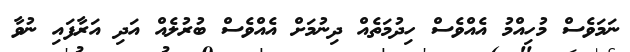
ނަމަވެސް މުހިއްމު އެއްވެސް ހިދުމަތެއް ދިނުމަށް އެއްވެސް ބުރުލެއް އަދި އަރާފައި ނުވާ